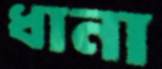
ধানা